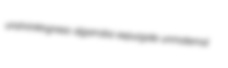
unshrinkingness algarroba expurgate unmaternal